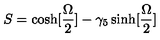
S = \cosh [ { \frac { \Omega } { 2 } } ] - \gamma _ { 5 } \sinh [ { \frac { \Omega } { 2 } } ]